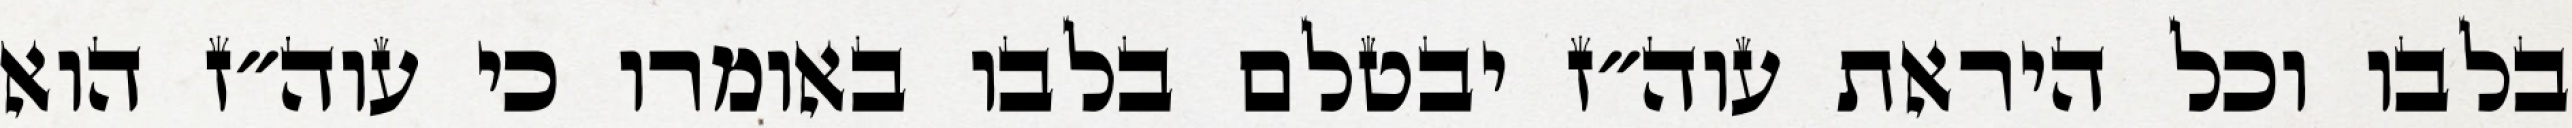
בלבו וכל היראת עוה״ז יבטלם בלבו באומרו כי עוה״ז הוא